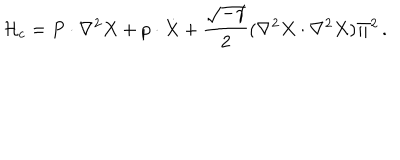
LaTeX: { \cal H } _ { c } = P \cdot \nabla ^ { 2 } X + p \cdot \dot { X } + { \frac { \sqrt { - \gamma } } { 2 } } ( \nabla ^ { 2 } X \cdot \nabla ^ { 2 } X ) \Pi ^ { 2 } \, .